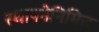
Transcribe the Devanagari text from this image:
स्थापनेनिमित्त